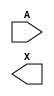
module sky130_fd_sc_hd__dlymetal6s6s (
    //# {{data|Data Signals}}
    input  A,
    output X
);

    // Voltage supply signals
    supply1 VPWR;
    supply0 VGND;
    supply1 VPB ;
    supply0 VNB ;

endmodule